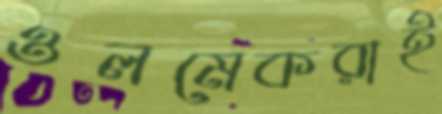
ওলমেকরাই